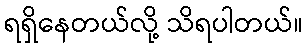
ရရှိနေတယ်လို့ သိရပါတယ်။